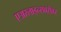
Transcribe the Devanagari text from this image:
एअरलाइन्सबरोबर